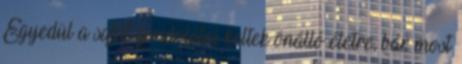
Egyedül a saját gondolatai keltek önálló életre, bár most